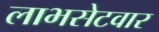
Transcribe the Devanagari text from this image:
लाभसेटवार